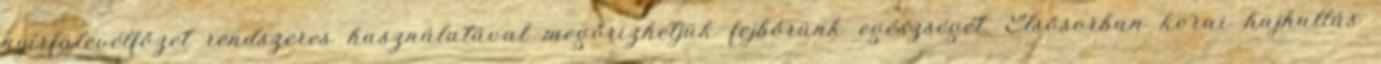
nyírfalevélfőzet rendszeres használatával megőrizhetjük fejbőrünk egészségét. Elsősorban korai hajhullás